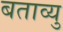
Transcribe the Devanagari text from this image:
बताव्यु